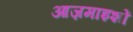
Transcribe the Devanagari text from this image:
आज़माइशों